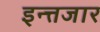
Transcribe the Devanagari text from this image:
इन्त्तजार